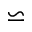
\backsimeq